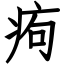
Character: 痀